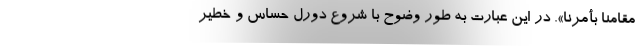
مقامنا بأمرنا». در این عبارت به طور وضوح با شروع دورل حساس و خطیر